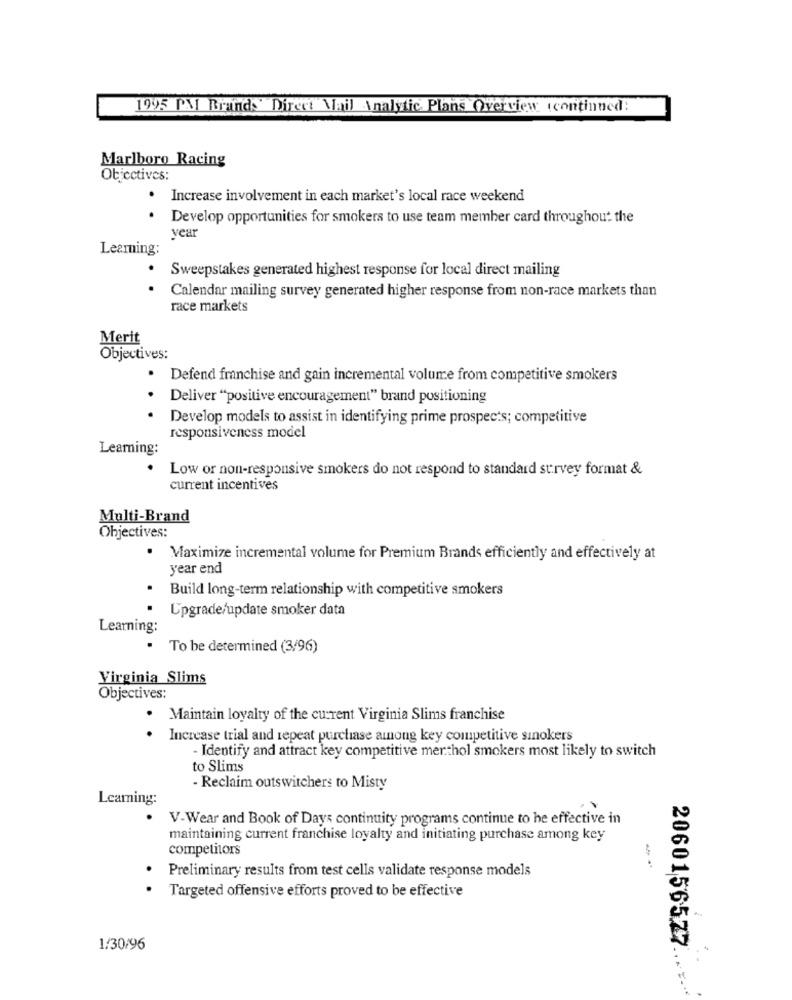
1995 PM Brands Direct Mail Analytic Plans Overview (continued:
Marlboro Racing
Objectives:
.
Increase involvement in each market's local race weekend
. Develop opportunities for smokers to use team member card throughout the
vear
Leaming:
.
Sweepstakes generated highest response for local direct mailing
Calendar mailing survey generated higher response from non-race markets than
race markets
Merit
Objectives:
· Defend franchise and gain incremental volume from competitive smokers
.
Deliver "positive encouragement" brand positioning
.
Develop models to assist in identifying prime prospects; competitive
responsiveness model
Learning:
Low or non-responsive smokers do not respond to standard survey format &
current incentives
Multi-Brand
Objectives:
Maximize incremental volume for Premium Brands efficiently and effectively at
year end
Build long-term relationship with competitive smokers
Upgrade/update smoker data
Learning:
.
To be determined (3/96)
Virginia Slims
Objectives:
. Maintain loyalty of the current Virginia Slims franchise
Increase trial and repeat purchase among key competitive sinokers
Identify and attract key competitive merthol smokers most likely to switch
to Slims
- Reclaim outswitchers to Misty
Learning:
V-Wear and Book of Days continuity programs continue to he effective in
maintaining current franchise loyalty and initiating purchase among key
competitors
Preliminary results from test cells validate response models
--
Targeted offensive efforts proved to be effective
1/30/96
2060156527 ... .